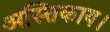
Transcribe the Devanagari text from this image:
अस्तिकाय।